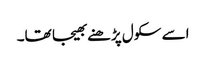
اسے سکول پڑھنے بھیجا تھا۔